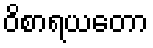
ဝိစာရယတော